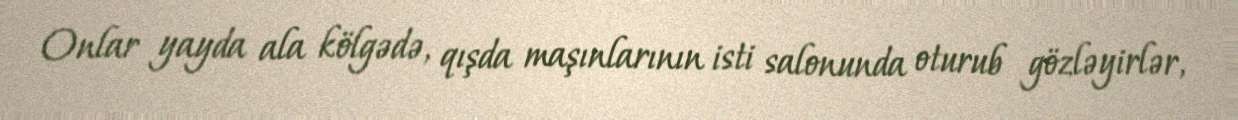
Onlar yayda ala kölgədə, qışda maşınlarının isti salonunda oturub gözləyirlər,